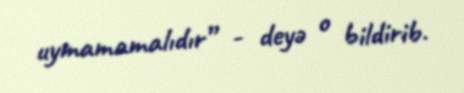
uymamamalıdır” - deyə o bildirib.